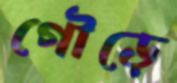
গৌড়ে